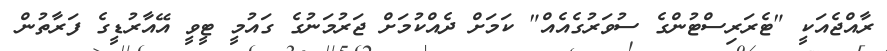
ރާއްޖެއަކީ "ޓެރަރިސްޓުންގެ ސުވަރުގެއެއް" ކަމަށް ދެއްކުމަށް ޖަރުމަނުގެ ގައުމީ ޓީވީ އޭއާރުޑީގެ ފަރާތުން